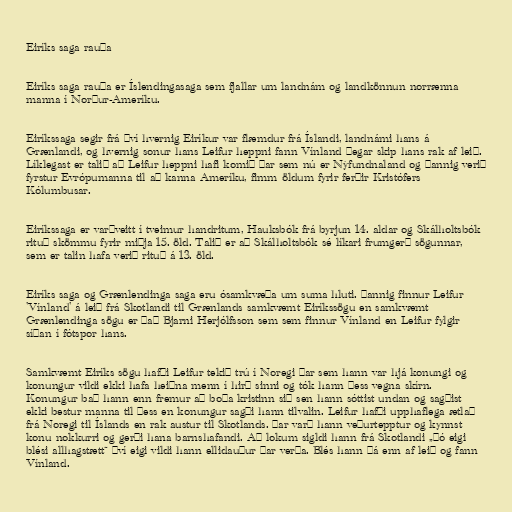
Eiríks saga rauða

Eiríks saga rauða er Íslendingasaga sem fjallar um landnám og landkönnun norrænna
manna í Norður-Ameríku.

Eiríkssaga segir frá því hvernig Eiríkur var flæmdur frá Íslandi, landnámi hans á
Grænlandi, og hvernig sonur hans Leifur heppni fann Vínland þegar skip hans rak af leið.
Líklegast er talið að Leifur heppni hafi komið þar sem nú er Nýfundnaland og þannig verið
fyrstur Evrópumanna til að kanna Ameríku, fimm öldum fyrir ferðir Kristófers
Kólumbusar.

Eiríkssaga er varðveitt í tveimur handritum, Hauksbók frá byrjun 14. aldar og Skálholtsbók
rituð skömmu fyrir miðja 15. öld. Talið er að Skálholtsbók sé líkari frumgerð sögunnar,
sem er talin hafa verið rituð á 13. öld.

Eiríks saga og Grænlendinga saga eru ósamkvæða um suma hluti. Þannig finnur Leifur
'Vínland' á leið frá Skotlandi til Grænlands samkvæmt Eiríkssögu en samkvæmt
Grænlendinga sögu er það Bjarni Herjólfsson sem sem finnur Vínland en Leifur fylgir
síðan í fótspor hans.

Samkvæmt Eiríks sögu hafði Leifur tekið trú í Noregi þar sem hann var hjá konungi og
konungur vildi ekki hafa heiðna menn í hirð sinni og tók hann þess vegna skírn.
Konungur bað hann enn fremur að boða kristinn sið sen hann sóttist undan og sagðist
ekki bestur manna til þess en konungur sagði hann tilvalin. Leifur hafði upphaflega ætlað
frá Noregi til Íslands en rak austur til Skotlands. Þar varð hann veðurtepptur og kynnst
konu nokkurri og gerði hana barnshafandi. Að lokum sigldi hann frá Skotlandi „þó eigi
blési allhagstætt“ því eigi vildi hann ellidauður þar verða. Blés hann þá enn af leið og fann
Vínland.